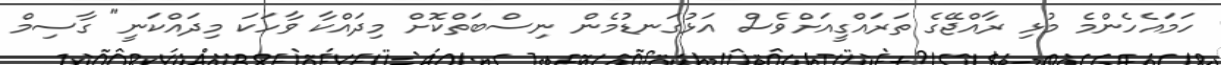
ހަމައެހެންމެ މުޅި ރާއްޖޭގެ ތަރައްގީއަށްވެސް އަޅުގަނޑުމެން ނިސްބަތްކޮށް މިދައްކާ ވާހަކަ މިދައްކަނީ" ގާސިމް